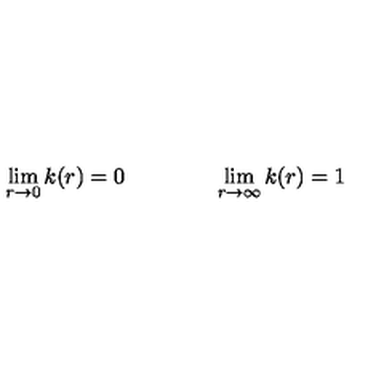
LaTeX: \lim _ { r \rightarrow 0 } k ( r ) = 0 \qquad \qquad \lim _ { r \rightarrow \infty } k ( r ) = 1